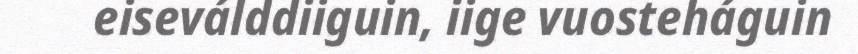
eiseválddiiguin, iige vuosteháguin